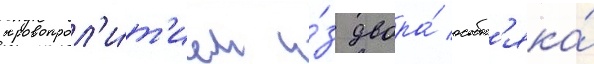
кровопрол'и́т'ием и́з двора́ особн'яка́